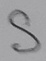
Text: S